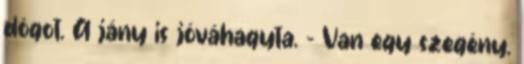
dógot. A jány is jóváhagyta. - Van egy szegény.